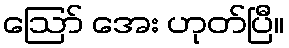
ဩော် အေး ဟုတ်ပြီ။